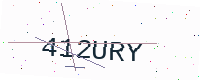
Text: 412URY